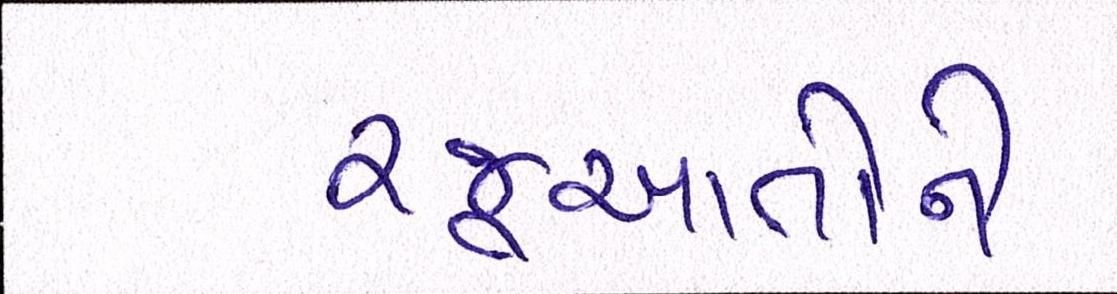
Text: રજૂઆતોને